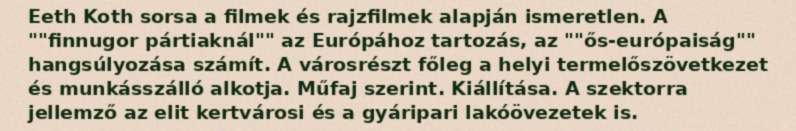
Eeth Koth sorsa a filmek és rajzfilmek alapján ismeretlen. A ""finnugor pártiaknál"" az Európához tartozás, az ""ős-európaiság"" hangsúlyozása számít. A városrészt főleg a helyi termelőszövetkezet és munkásszálló alkotja. Műfaj szerint. Kiállítása. A szektorra jellemző az elit kertvárosi és a gyáripari lakóövezetek is.